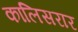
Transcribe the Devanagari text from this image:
कालिसरार